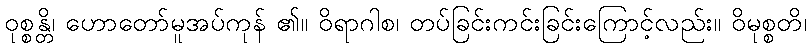
ဝုစ္စန္တိ၊ ဟောတော်မူအပ်ကုန် ၏။ ဝိရာဂါစ၊ တပ်ခြင်းကင်းခြင်းကြောင့်လည်း။ ဝိမုစ္စတိ၊